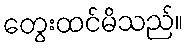
တွေးထင်မိသည်။